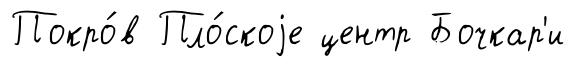
Покро́в Пло́скоjе центр Бочкар'и